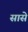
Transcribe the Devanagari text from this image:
सासे